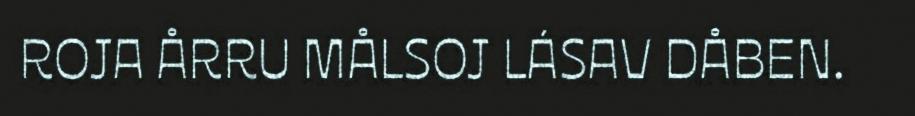
ROJA ÅRRU MÅLSOJ LÁSAV DÅBEN.